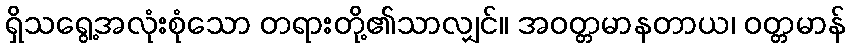
ရှိသရွေ့အလုံးစုံသော တရားတို့၏သာလျှင်။ အဝတ္တမာနတာယ၊ ဝတ္တမာန်